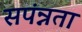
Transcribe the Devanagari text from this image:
सपंन्नता